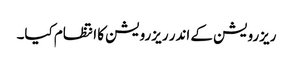
ریزرویشن کے اندر ریزرویشن کا انتظام کیا۔